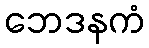
ဘေဒနကံ